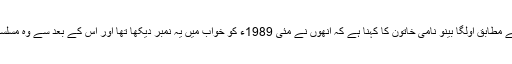
برطانوی نشریاتی ادارے کے مطابق اولگا بینو نامی خاتون کا کہنا ہے کہ انھوں نے مئی 1989ء کو خواب میں یہ نمبر دیکھا تھا اور اس کے بعد سے وہ مسلسل یہی نمبر خریدتی آئی ہیں۔